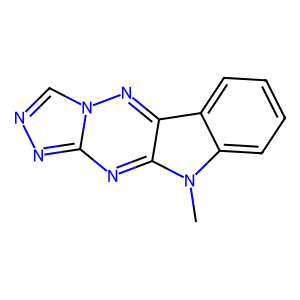
SMILES: Cn1c2ccccc2c2nn3cnnc3nc21
Inhibits HIV replication: No